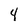
Character: 4